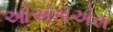
ઓએસએસ